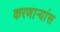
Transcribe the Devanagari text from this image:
करणाऱ्यांस